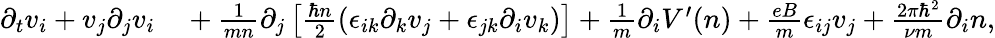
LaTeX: \begin{array}{rl}{\partial_{t}v_{i}+v_{j}\partial_{j}v_{i}}&{{}+\frac{1}{mn}\partial_{j}\left[\frac{\hbar n}{2}\left(\epsilon_{ik}\partial_{k}v_{j}+\epsilon_{jk}\partial_{i}v_{k}\right)\right]+\frac{1}{m}\partial_{i}V^{\prime}(n)+\frac{eB}{m}\epsilon_{ij}v_{j}+\frac{2\pi\hbar^{2}}{\nu m}\partial_{i}n,}\end{array}